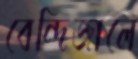
বেন্দিজালে